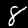
Digit: 8